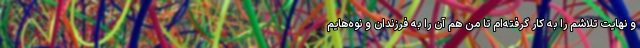
و نهایت تلاشم را به کار گرفته‌ام تا من هم آن را به فرزندان و نوه‌هایم